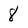
Character: 8